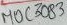
Text: MOC3083